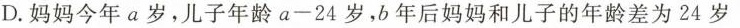
D.妈妈今年a岁，儿子年龄$$a - 2 4$$岁，b年后妈妈和儿子的年龄差为24岁